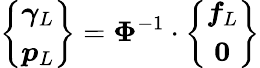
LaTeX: \left\{ \begin{array}{c}{\boldsymbol{\gamma}_{L}}\\ {\boldsymbol{p}_{L}}\end{array}\right\} =\boldsymbol{\Phi}^{-1}\cdot\left\{ \begin{array}{c}{\boldsymbol{f}_{L}}\\ {\boldsymbol{0}}\end{array}\right\}